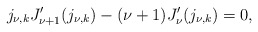
\begin{align*}{j_{\nu,k}}{J}_{\nu+1}'(j_{\nu,k})-(\nu+1){J}_{\nu}'(j_{\nu,k})=0,\end{align*}